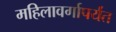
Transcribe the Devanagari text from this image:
महिलावर्गापर्यंत